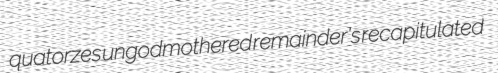
quatorzes ungodmothered remainder's recapitulated